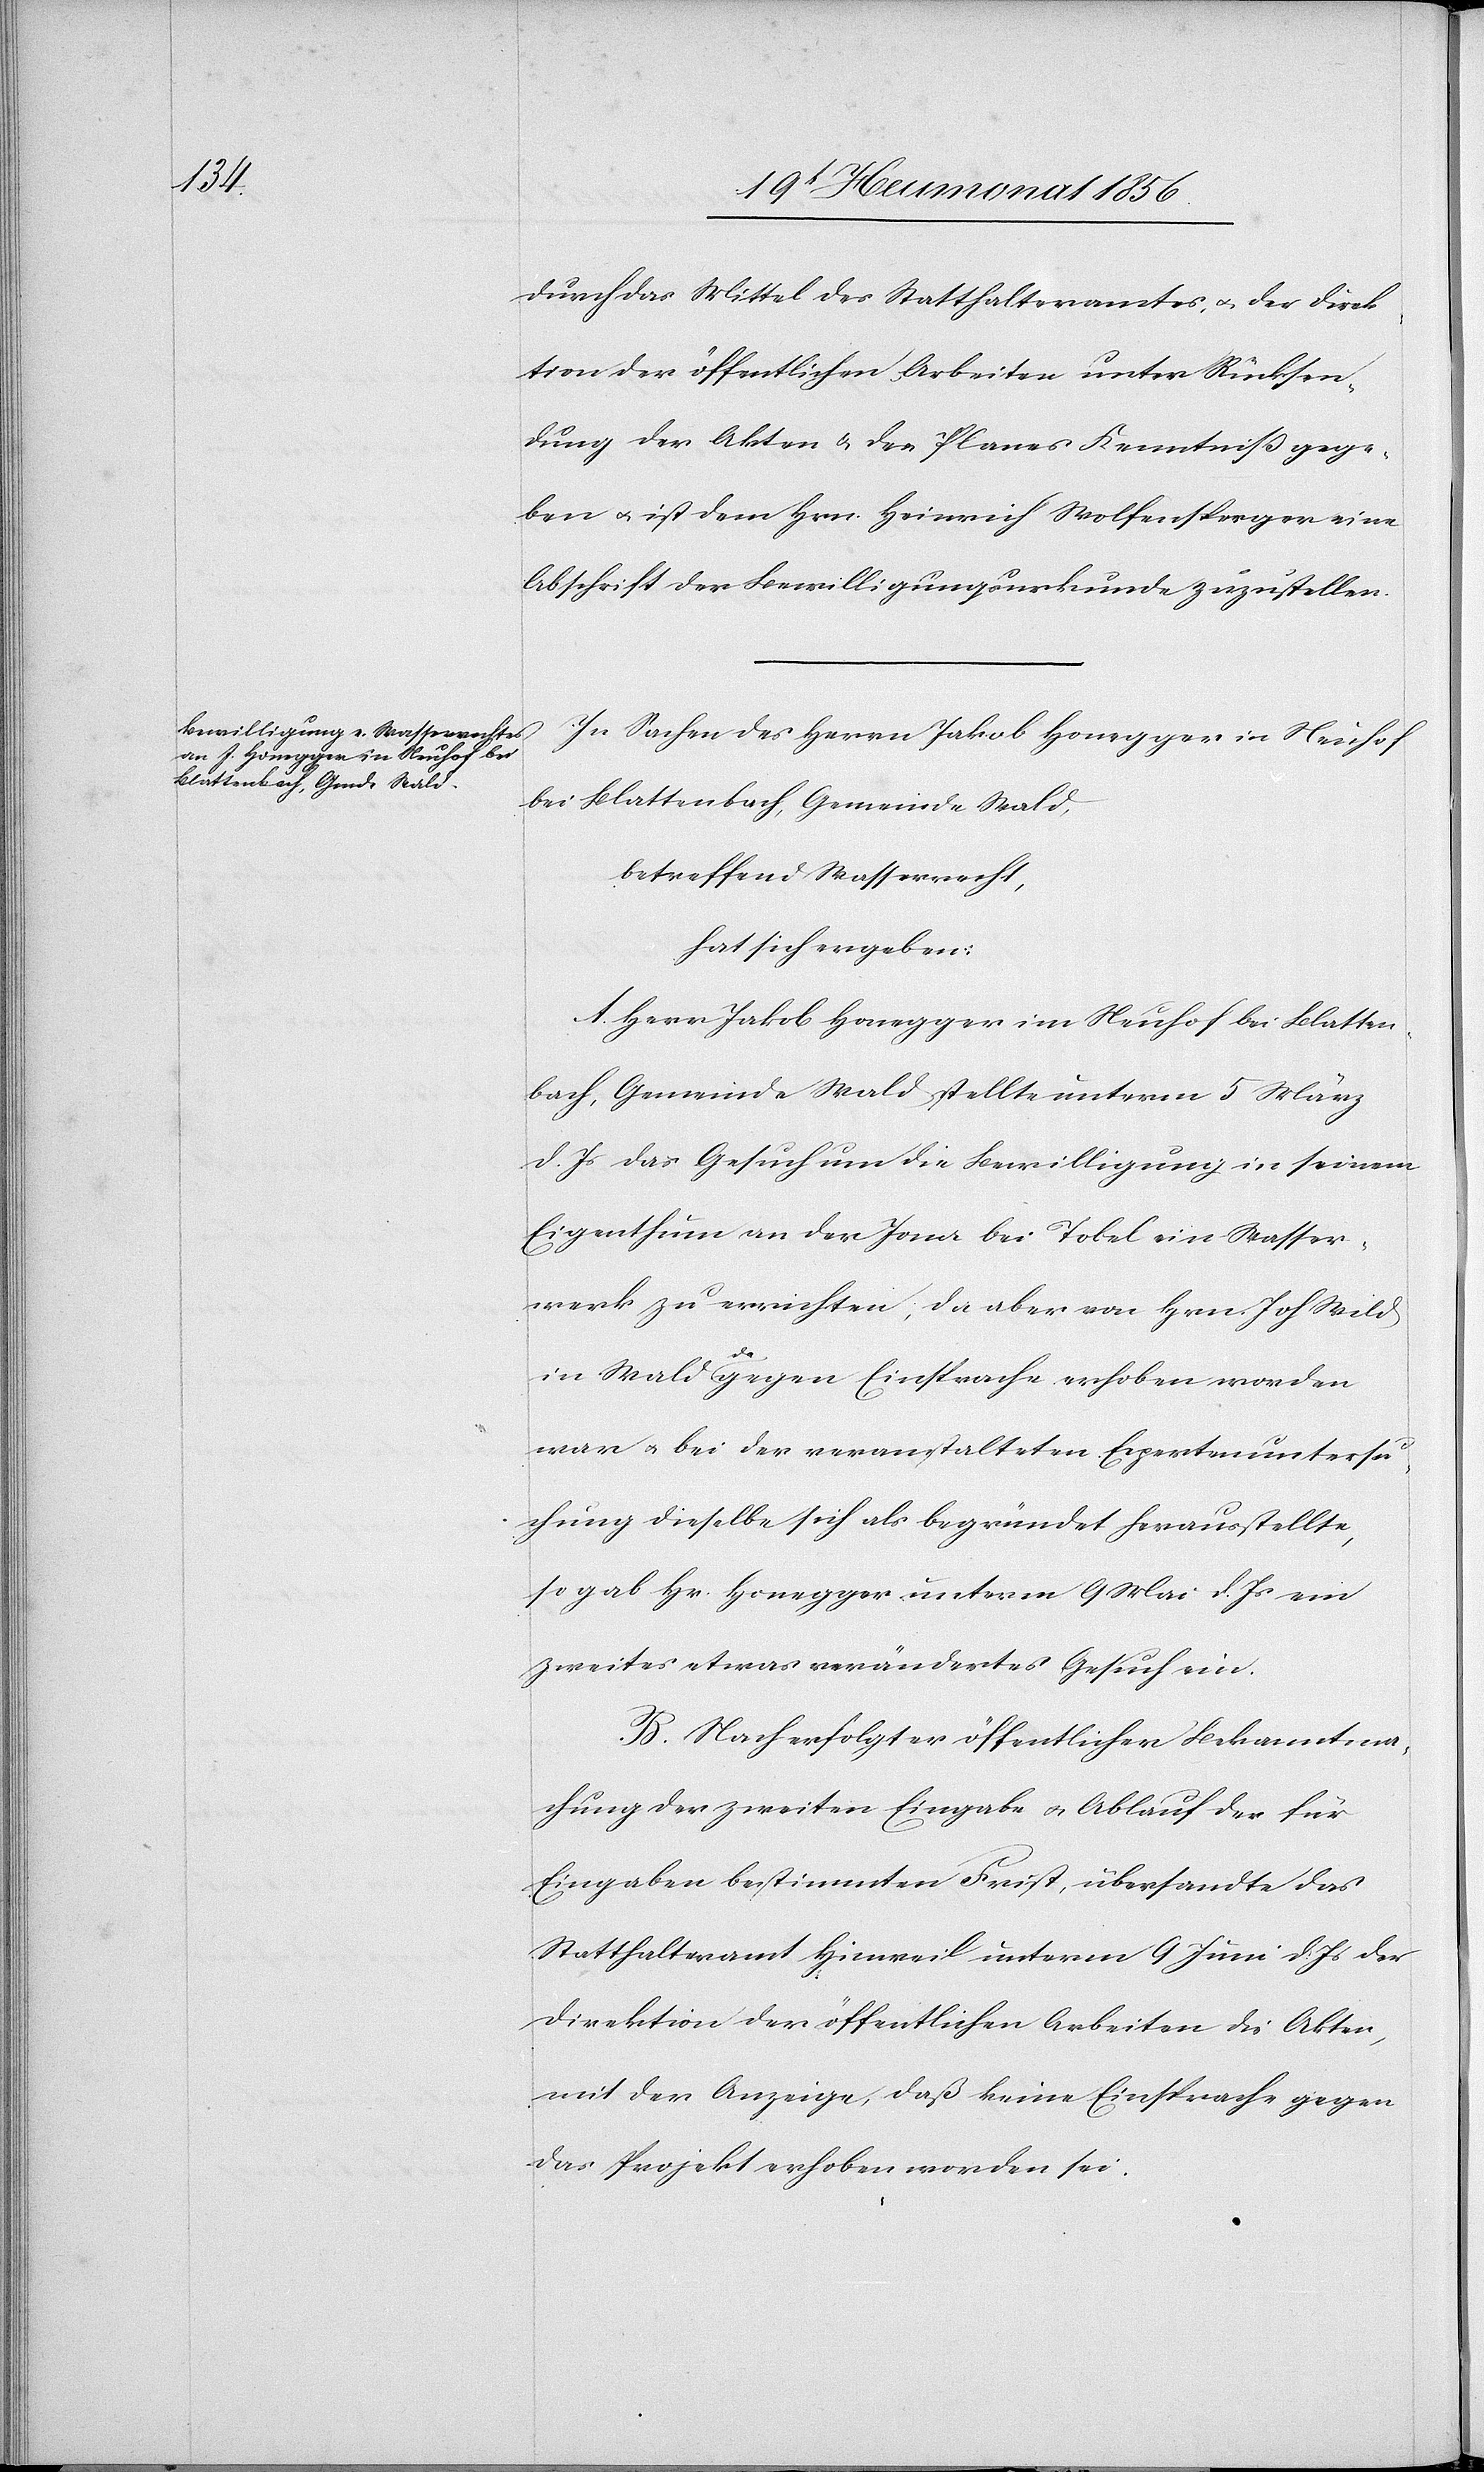
durch das Mittel des Statthalteramtes, u. der Direk¬
tion der öffentlichen Arbeiten unter Rücksen¬
dung der Akten & des Planes Kenntniß gege¬
ben u. ist dem Hrn. Heinrich Wolfensperger eine
Abschrift der Bewilligungsurkunde zuzustellen.
In Sachen des Herrn Jakob Honegger in Neuhof
bei Blattenbach, Gemeinde Wald,
betreffend Wasserrecht,
hat sich ergeben:
A. Herr Jakob Honegger im Neuhof bei Blatten¬
bach, Gemeinde Wald stellte unterm 5 März
d. Js das Gesuch um die Bewilligung in seinem
Eigenthum an der Jona bei Tobel ein Wasser¬
werk zu errichten; da aber von Hrn. Joh Wild
in Wald a-da-agegen Einsprache erhoben worden
war u. bei der veranstalteten Expertenuntersu¬
chung dieselbe sich als begründet herausstellte,
so gab Hr. Honegger unterm 9 Mai d. Js ein
zweites etwas verändertes Gesuch ein.
B. Nach erfolgter öffentlicher Bekanntma¬
chung der zweiten Eingabe u. Ablauf der für
Eingaben bestimmten Frist, übersandte das
Statthalteramt Hinweil unterm 9 Juni d. Js der
Direktion der öffentlichen Arbeiten die Akten,
mit der Anzeige, daß keine Einsprache gegen
das Projekt erhoben worden sei.